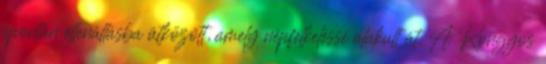
spontán ellenállásba ütközött, amely népfelkeléssé alakult át. A Rongyos